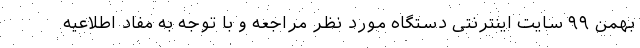
بهمن ۹۹ سایت اینترنتی دستگاه مورد نظر مراجعه و با توجه به مفاد اطلاعیه